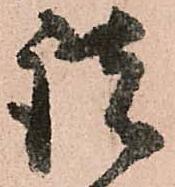
諸